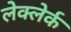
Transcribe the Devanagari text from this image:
लेक्लेर्क